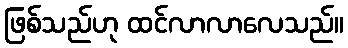
ဖြစ်သည်ဟု ထင်လာလာလေသည်။